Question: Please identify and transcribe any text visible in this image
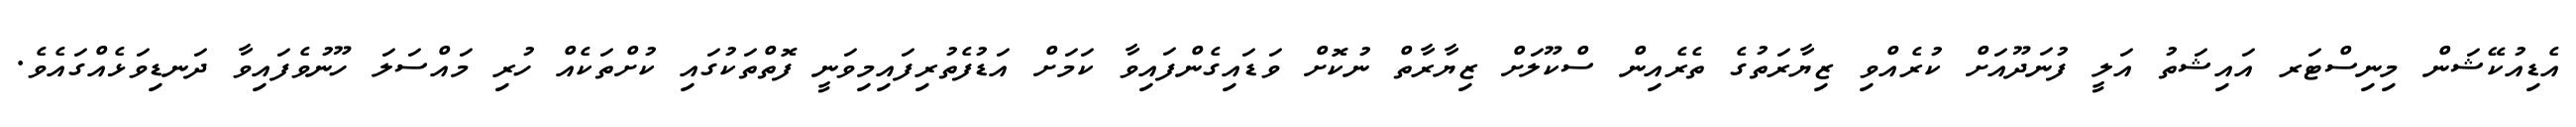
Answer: އެޑިއުކޭޝަން މިނިސްޓަރ އައިޝަތު އަލީ ފުނަދޫއަށް ކުރެއްވި ޒިޔާރަތުގެ ތެރެއިން ސްކޫލަށް ޒިޔާރާތް ނުކޮށް ވަޑައިގެންފައިވާ ކަމަށް އަޑުފެތުރިފައިމިވަނީ ފޮތްތަކުގައި ކުށްތަކެއް ހުރި މައްސަލަ ހޫނުވެފައިވާ ދަނޑިވަޅެއްގައެވެ.